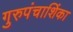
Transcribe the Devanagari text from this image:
गुरुपंचाशिंका